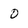
Character: 0